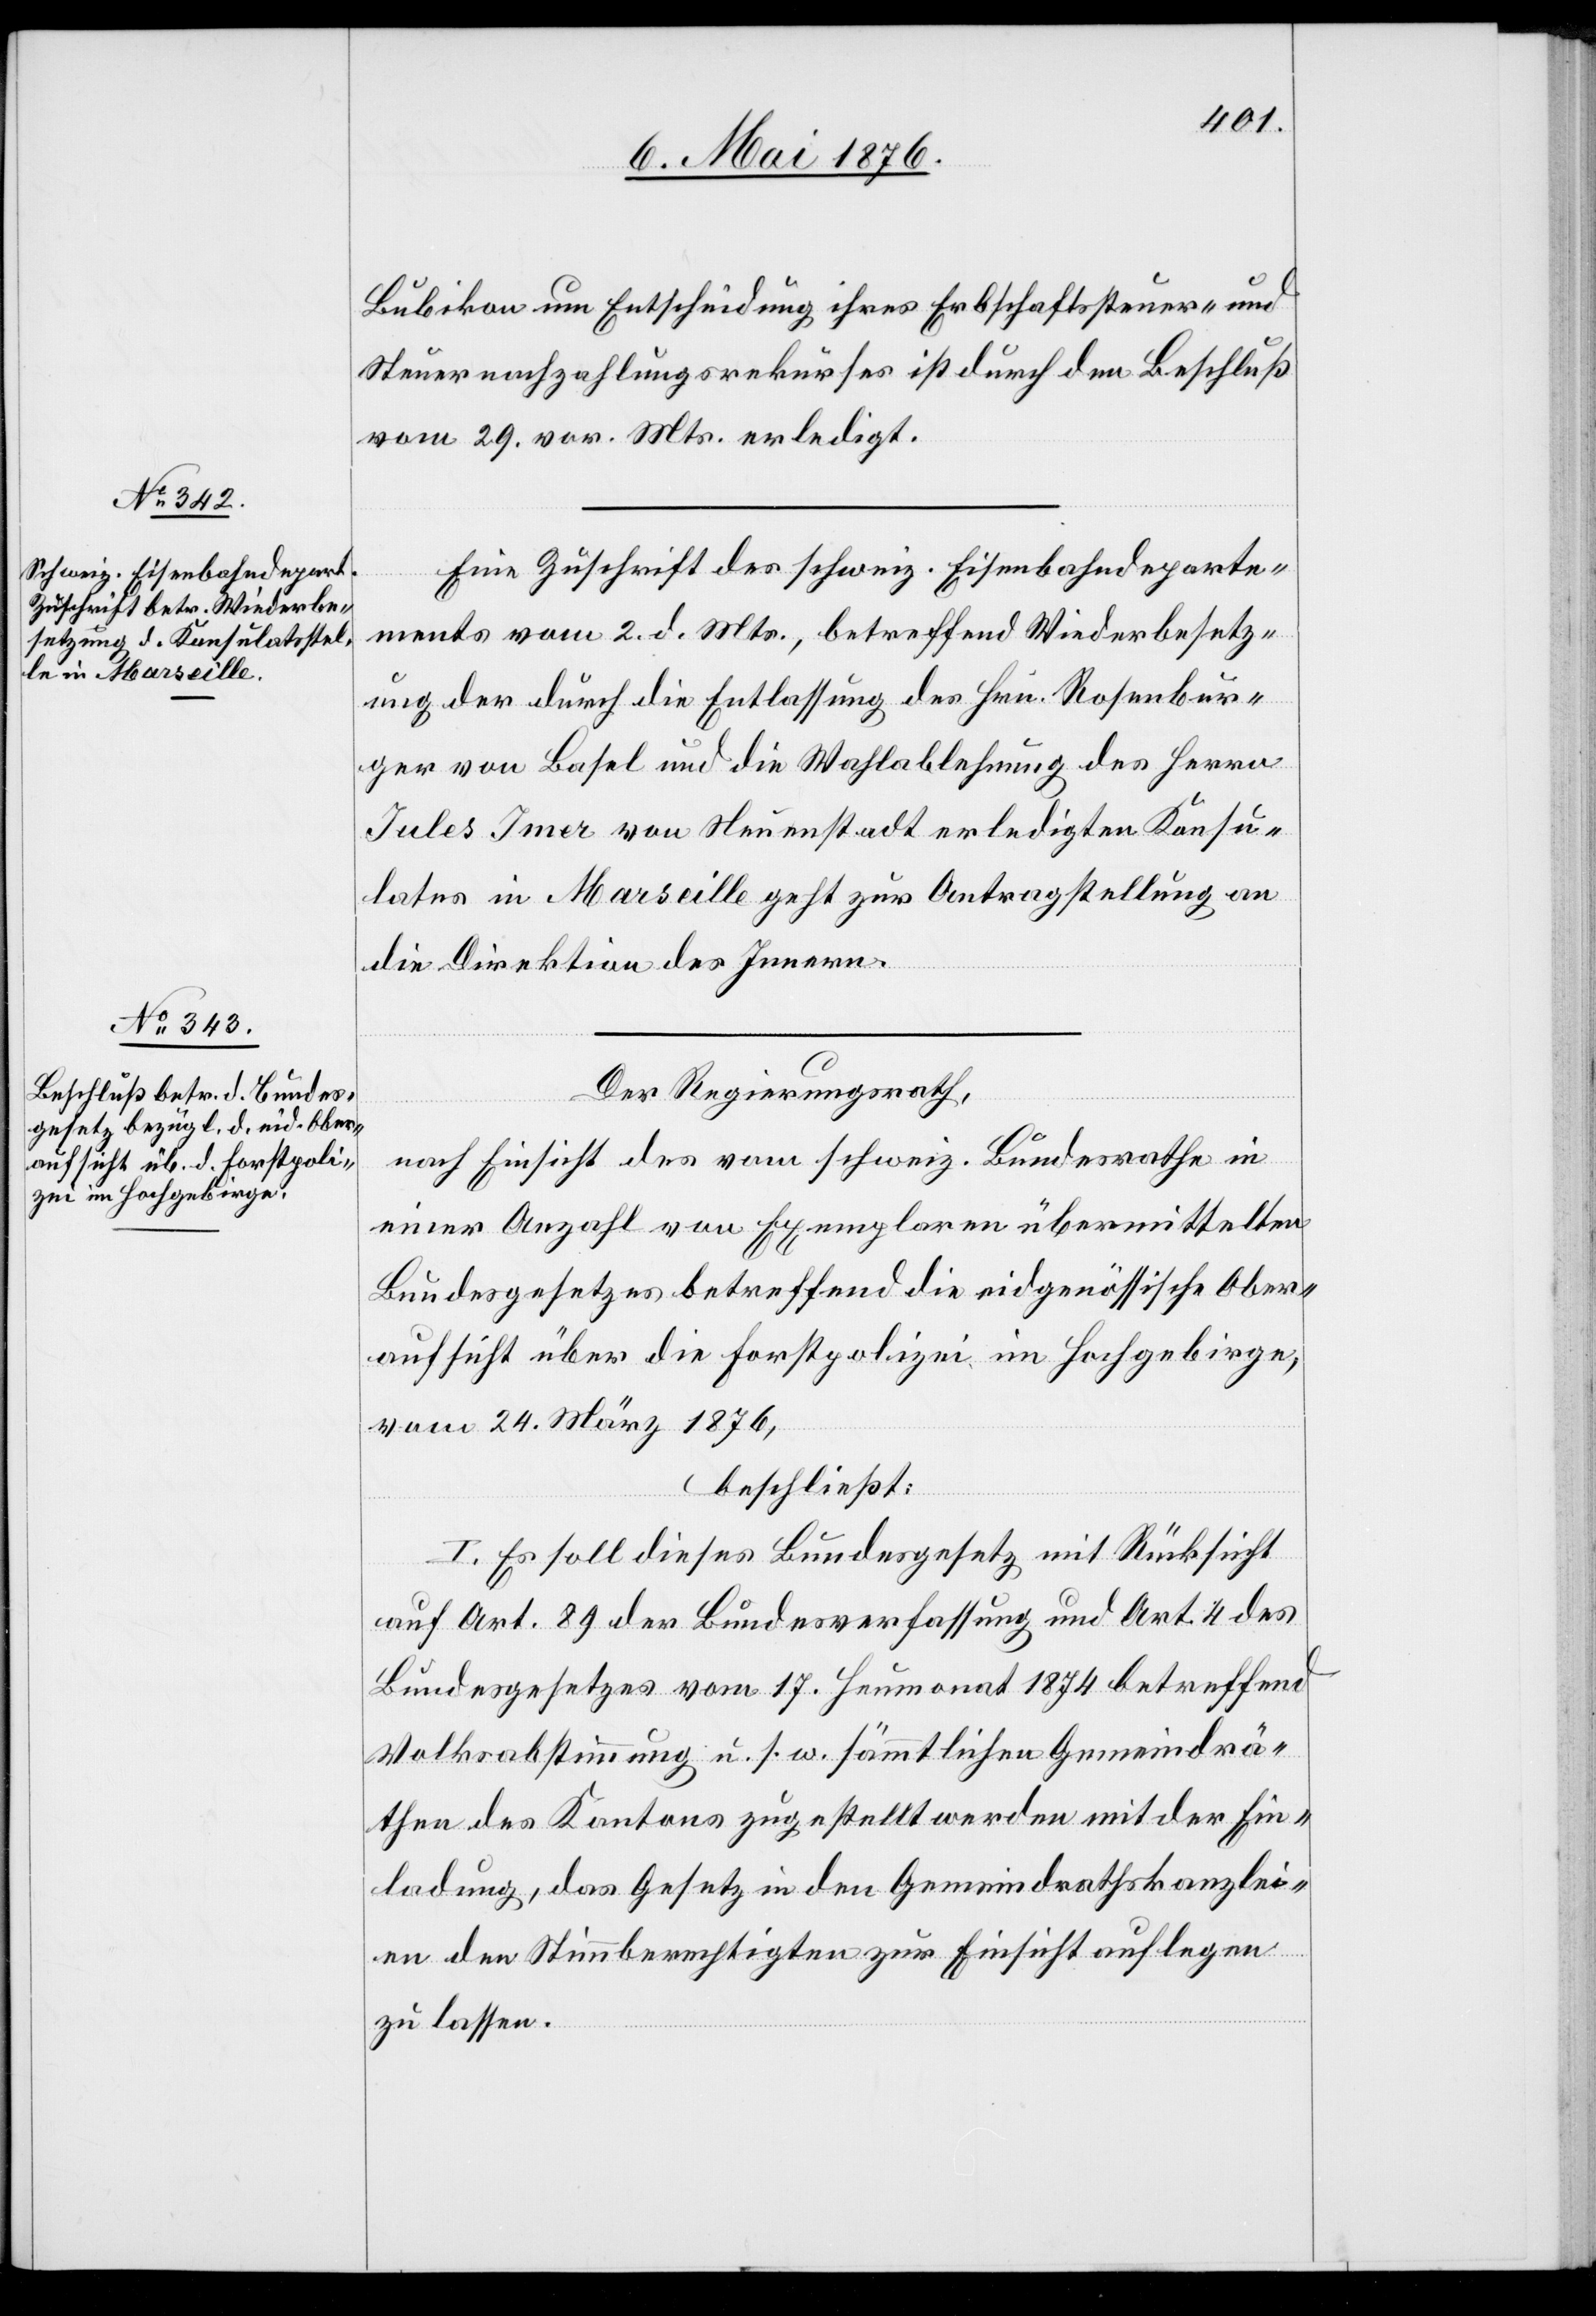
9. Mai 1876.]
Bubikon um Entschädigung ihres Erbschaftssteuer- und
Steuernachzahlungsrekurses ist durch den Beschluß
vom 29. vor. Mts. erledigt.
Eine Zuschrift des schweiz. Eisenbahndeparte¬
ments vom 2. d. Mts., betreffend Wiederbesetz¬
ung der durch die Entlassung des Hrn. Rosenbur¬
ger von Basel und die Wahlablehnung des Herrn
Jules Immer von Neuenstadt erledigten Konsu¬
lates in Marseille geht zur Antragstellung an
die Direktion des Innern.
Der Regierungsrath,
nach Einsicht des vom schweiz. Bundesrathe in
einer Anzahl von Exemplaren übermittelten
Bundesgesetzes betreffend die eidgenössische Ober¬
aufsicht über die Forstpolizei im Hochgebirge,
vom 24. März 1876,
beschließt:
I. Es soll dieses Bundesgesetz mit Rücksicht
auf Art. 89 der Bundesverfassung und Art. 4 des
Bundesgesetzes vom 17. Heumonat 1874 betreffend
Volksabstimmung u. s. w. sämmtlichen Gemeindrä¬
then des Kantons zugestellt werden mit der Ein¬
ladung, das Gesetz in den Gemeindrathskanzlei¬
en den Stimmberechtigten zur Einsicht auflegen
zu lassen.